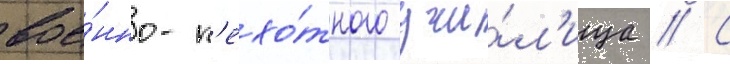
вое́нно-п'ехо́тного учи́л'ища // С